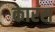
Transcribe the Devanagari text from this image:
कारस